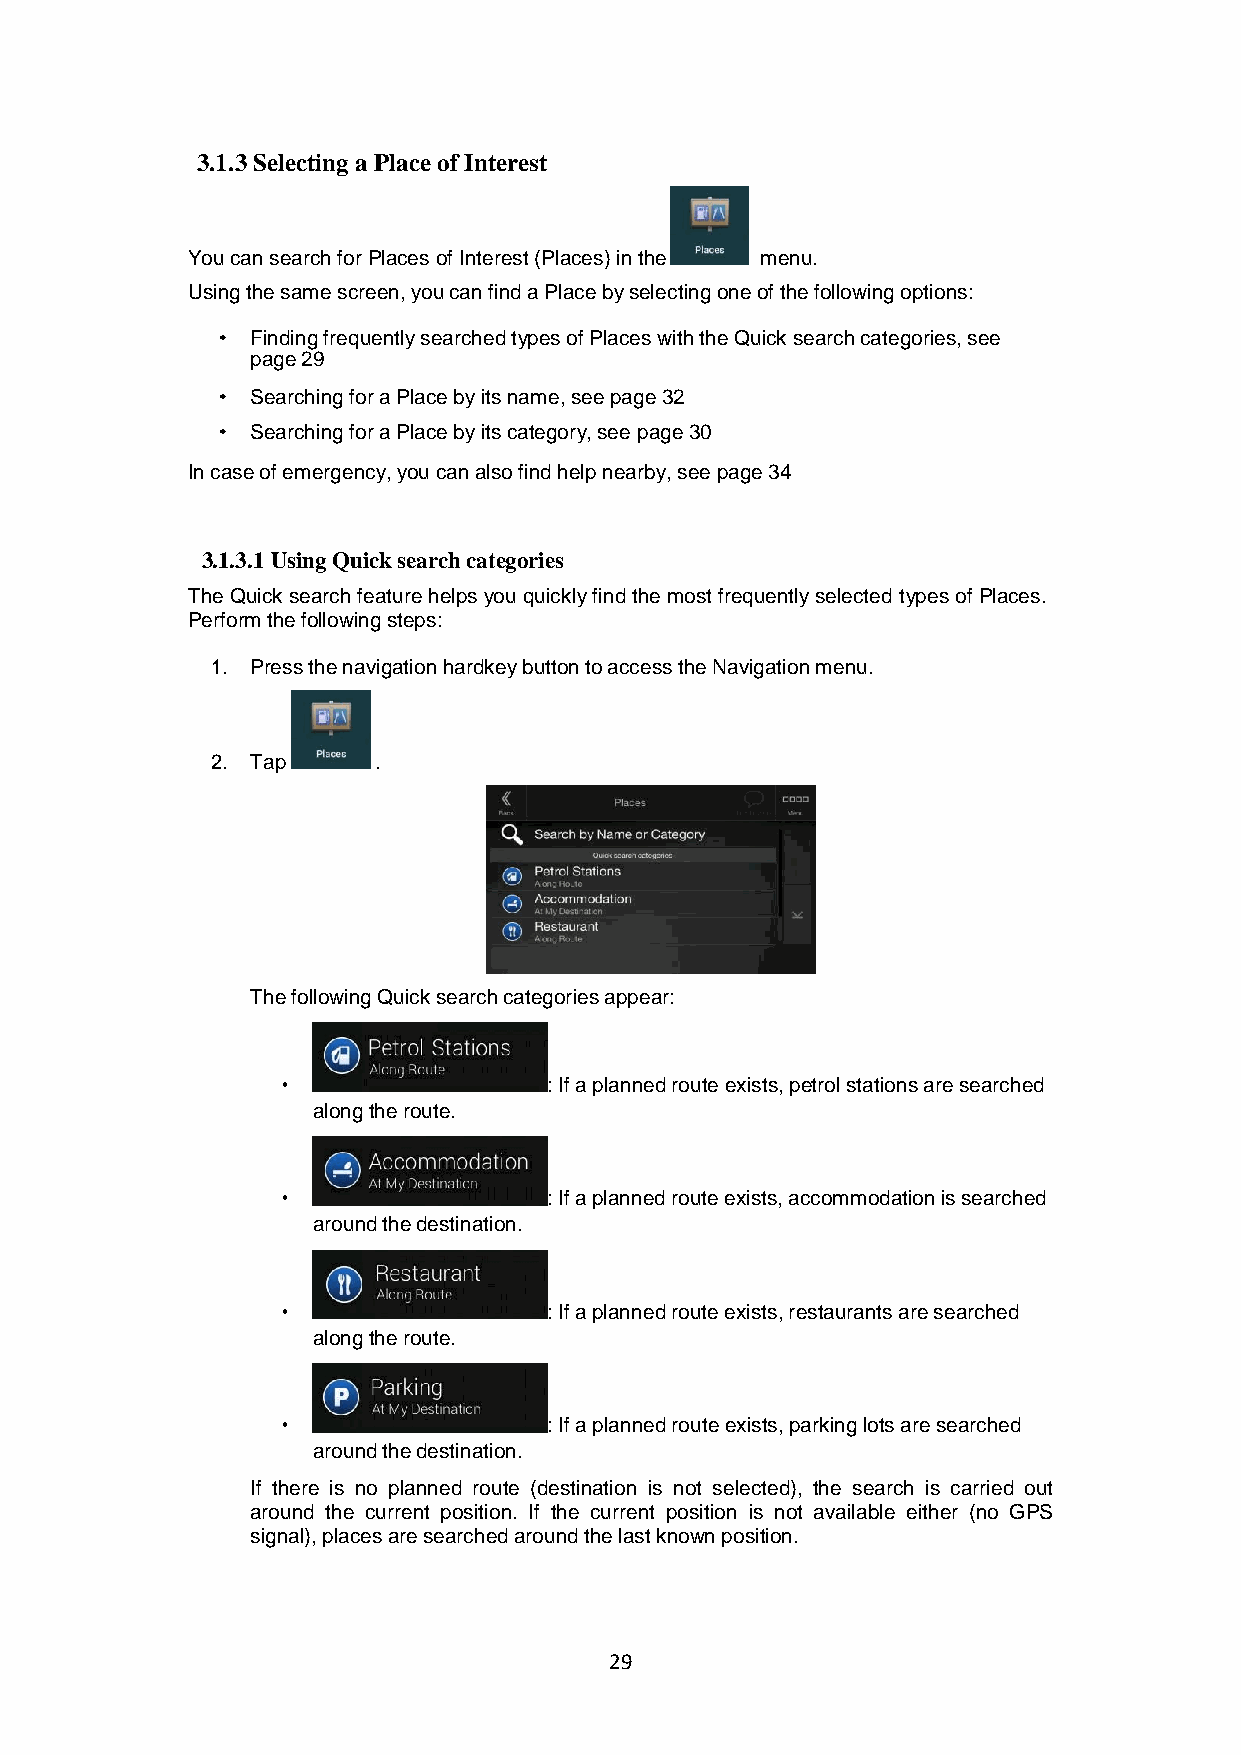
3.1.3 Selecting a Place of Interest
 You can search for Places of Interest (Places) in the menu.
 Using the same screen, you can find a Place by selecting one of the following options:
 Finding frequently searched types of Places with the Quick search categories, see
 page 29
 Searching for a Place by its name, see page 32
 Searching for a Place by its category, see page 30
 In case of emergency, you can also find help nearby, see page 34
 3.1.3.1 Using Quick search categories
 The Quick search feature helps you quickly find the most frequently selected types of Places.
 Perform the following steps:
 1. Press the navigation hardkey button to access the Navigation menu.
 2. Tap     .
 The following Quick search categories appear:
 : If a planned route exists, petrol stations are searched
 along the route.
 : If a planned route exists, accommodation is searched
 around the destination.
 : If a planned route exists, restaurants are searched
 along the route.
 : If a planned route exists, parking lots are searched
 around the destination.
 If there is no planned route (destination is not selected), the search is carried out
 around the current position. If the current position is not available either (no GPS
 signal), places are searched around the last known position.
 29